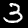
Label: 3